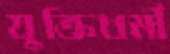
যুক্তিধর্মী